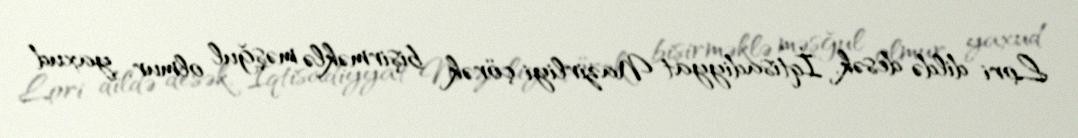
Lori dildə desək, İqtisadiyyat Nazirliyi çörək bişirməklə məşğul olmur, yaxud